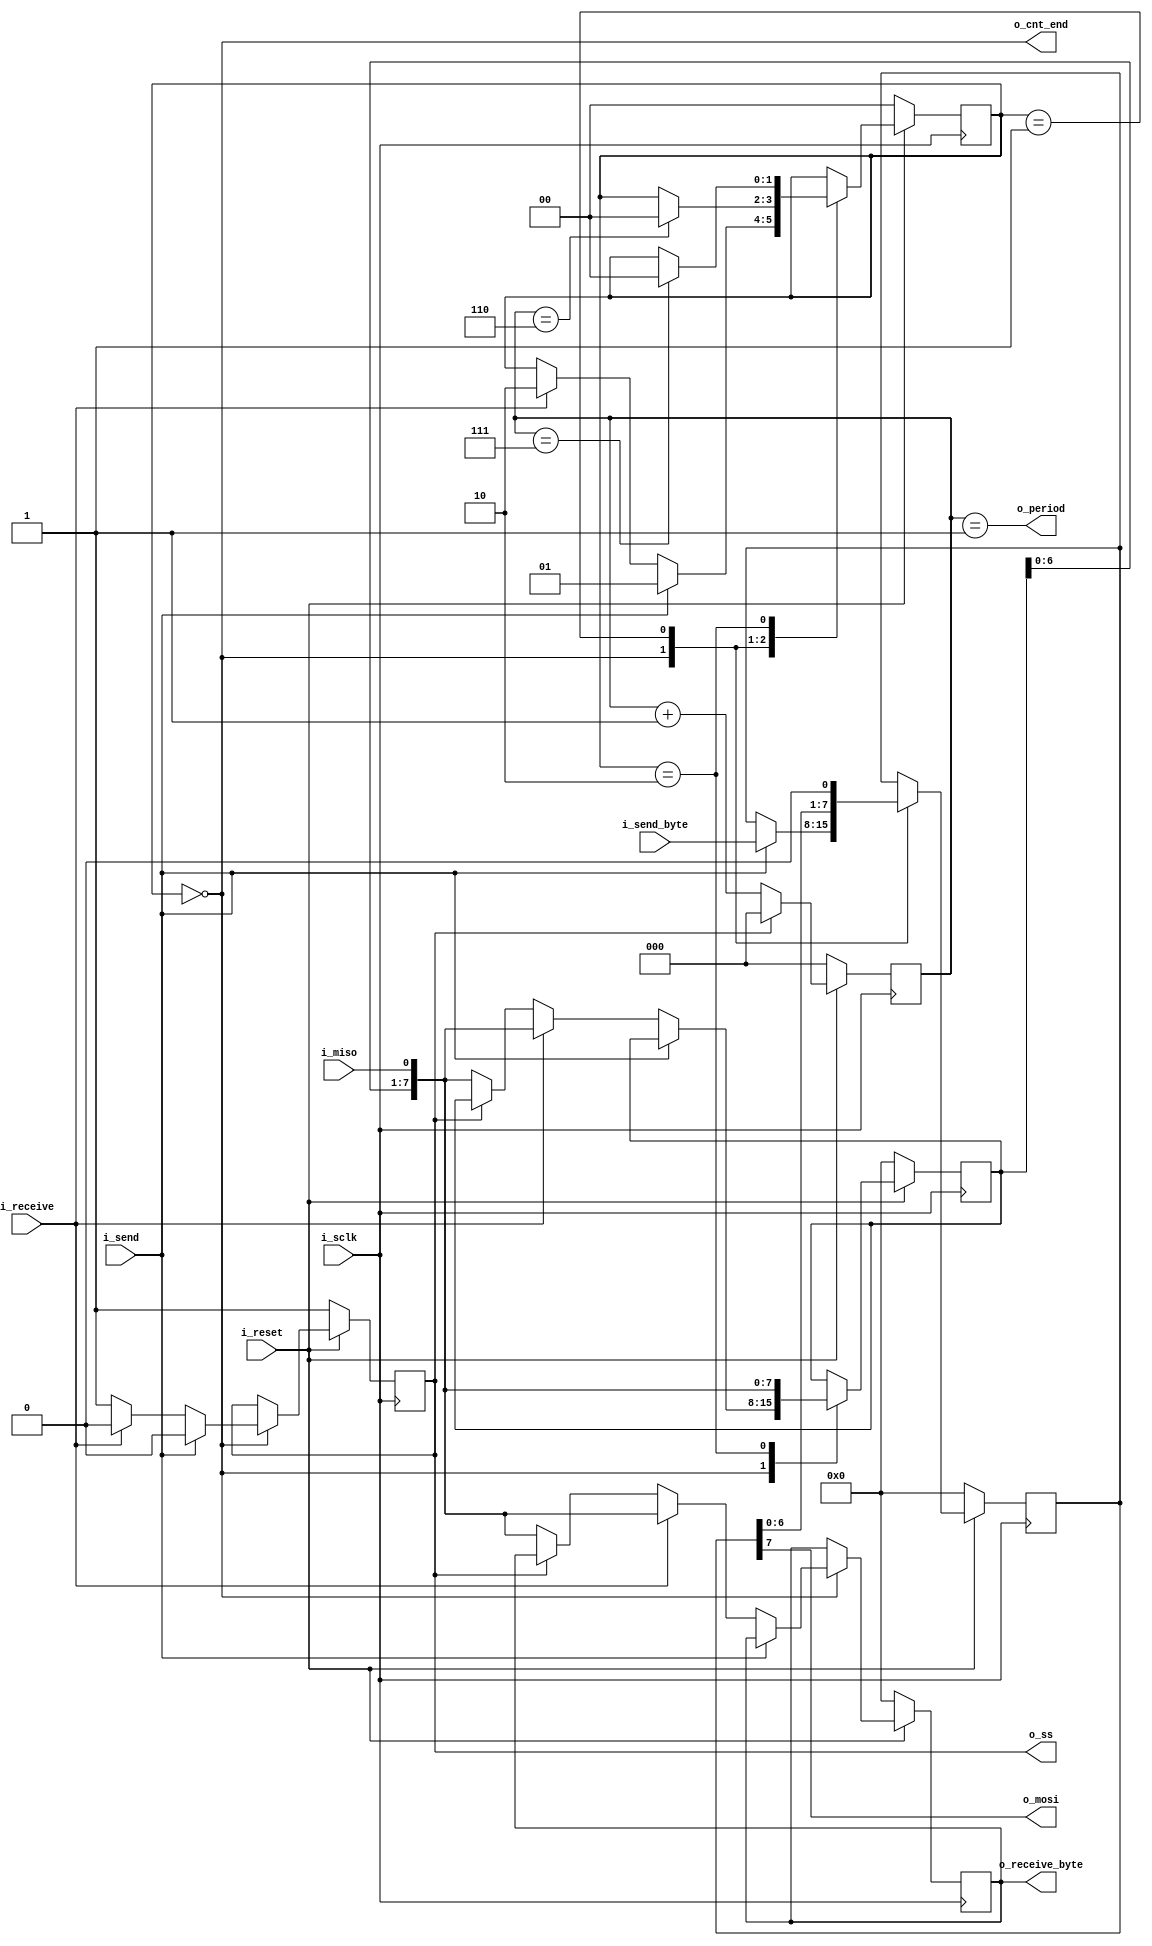

module SPI_master(
    input i_sclk,
    input i_reset,
    output o_ss,
    output o_mosi,
    input i_miso,
    input i_send,
    input[7:0] i_send_byte,
    input i_receive,
    output [7:0] o_receive_byte,
    output o_period,
    output o_cnt_end
);

    parameter [1:0] s_Idle_M = 0,						// Initialization states
                    s_Master_send = 1,
                    s_Master_receive = 2;
    reg [1:0] stCur_master_spi;
    reg [7:0] byte_send;
    reg [2:0] counter;
    reg [7:0] rec_byte;
    reg [7:0] receive_byte_r;
    wire counter_end;
    reg o_ss_r;
    wire counter_end_send;
    always @(posedge i_sclk)
    begin
        if (i_reset == 0) begin
            stCur_master_spi <= s_Idle_M;
            rec_byte <= 8'b00000000;
            byte_send <= 8'b00000000;
            o_ss_r <= 1'b1;
            receive_byte_r <= 0;
        end
        else begin
            case (stCur_master_spi)
                s_Idle_M : begin
                    if (i_send) begin
                        byte_send <= i_send_byte;
                        stCur_master_spi <= s_Master_send;
                        o_ss_r <= 1'b0;
                    end
                    else if (i_receive) begin
                        stCur_master_spi <= s_Master_receive;
                        rec_byte <= {rec_byte[6:0], i_miso};
                        receive_byte_r <= {rec_byte[6:0], i_miso};
                        o_ss_r <= 1'b0;
                    end
                    else if (!o_ss_r) begin
                        o_ss_r <= 1'b1;
                        rec_byte <= {rec_byte[6:0], i_miso};
                        receive_byte_r <= {rec_byte[6:0], i_miso};
                    end 
                end
                s_Master_send : begin
                    byte_send <= {byte_send[6:0], 1'b0};
                    if (counter_end_send) begin
                        stCur_master_spi <= s_Idle_M;
                    end
                end
                s_Master_receive : begin
                    rec_byte <= {rec_byte[6:0], i_miso};
                    if (counter_end) begin
                        stCur_master_spi <= s_Idle_M;
                    end
                end
            endcase
        end
    end

    always @(posedge i_sclk)
    begin
        if (!i_reset) begin
            counter <= 3'b000;
        end 
        else begin
            if (!o_ss_r) begin
                counter <= counter + 1;
            end
            else begin
                counter <= 0;
            end
        end
    end
    assign o_ss = o_ss_r;
    assign o_mosi = byte_send[7];
    assign counter_end = (counter == 3'b111);
    assign counter_end_send = (counter == 3'b110);
    assign o_cnt_end = (stCur_master_spi == s_Idle_M);
    assign o_period = (counter == 3'b001);
    assign o_receive_byte = receive_byte_r;
endmodule